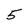
Character: 5